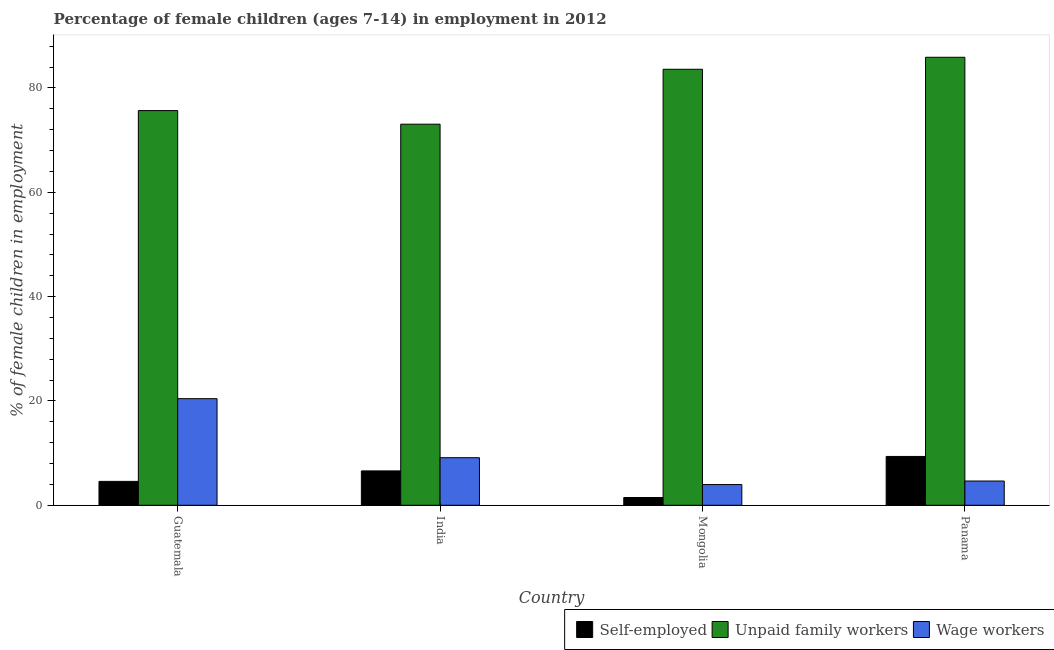
| Country | Self-employed | Unpaid family workers | Wage workers |
 | --- | --- | --- | --- |
 | Guatemala | 4.58 | 75.7 | 20.4 |
 | India | 6.59 | 73.1 | 9.12 |
 | Mongolia | 1.49 | 83.6 | 3.97 |
 | Panama | 9.36 | 85.9 | 4.65 |